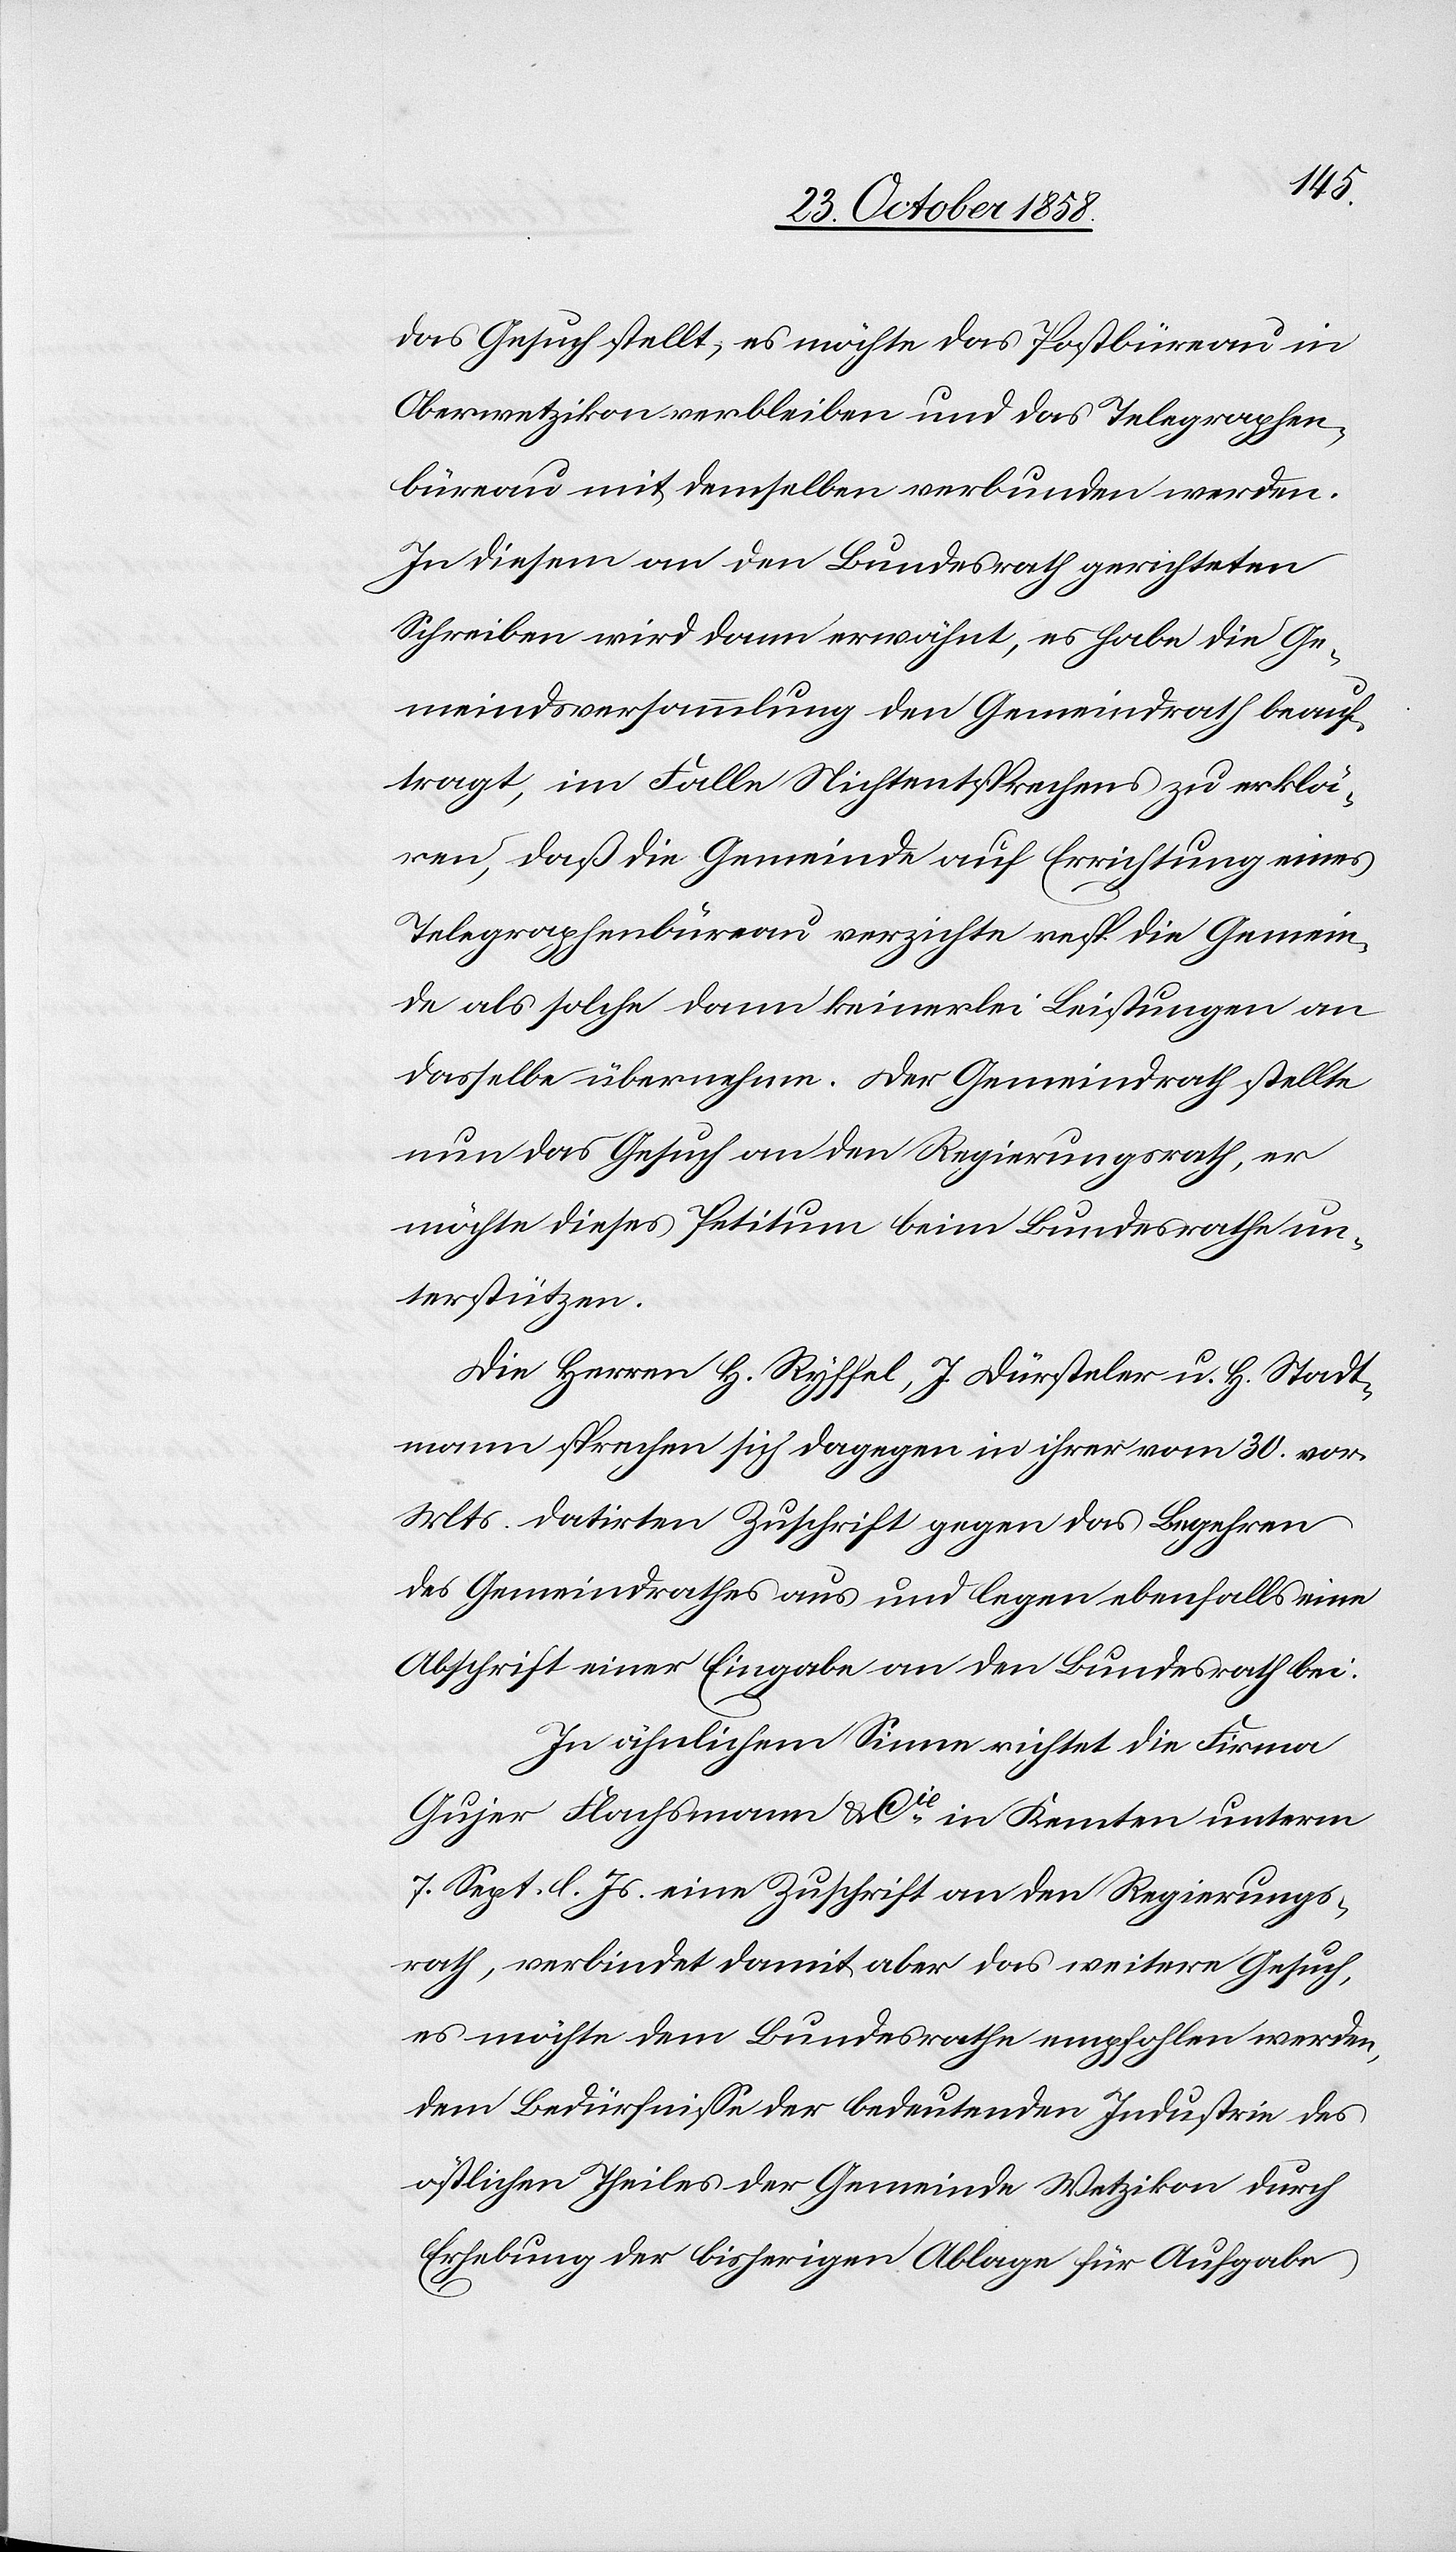
das Gesuch stellt, es möchte das Postbüreau in
Oberwetzikon verbleiben und das Telegraphen¬
büreau mit demselben verbunden werden.
In diesem an den Bundesrath gerichteten
Schreiben wird dann erwähnt, es habe die Ge¬
meindsversammlung den Gemeindrath beauf¬
tragt, im Falle Nichtentsprechens zu erklä¬
ren, daß die Gemeinde auf Errichtung eines
Telegraphenbüreau verzichte resp. die Gemein¬
de als solche dann keinerlei Leistungen an
dasselbe übernehme. Der Gemeindrath stellte
nun das Gesuch an den Regierungsrath, er
möchte dieses Petitum beim Bundesrathe un¬
terstützen.
Die Herren H. Ryffel, J. Dürsteler u. H. Stadt¬
mann sprechen sich dagegen in ihrer vom 30. vor.
Mts. datirten Zuschrift gegen das Begehren
des Gemeindrathes aus und legen ebenfalls eine
Abschrift einer Eingabe an den Bundesrath bei.
In ähnlichem Sinne richtet die Firma
Gujer Flachsmann & Cie. in Kemten unterm
7. Sept. l. Js. eine Zuschrift an den Regierungs¬
rath, verbindet damit aber das weitere Gesuch,
es möchte dem Bundesrathe empfohlen werden,
dem Bedürfnisse der bedeutenden Industrie des
östlichen Theiles der Gemeinde Wetzikon durch
Erhebung der bisherigen Ablage für Aufgabe